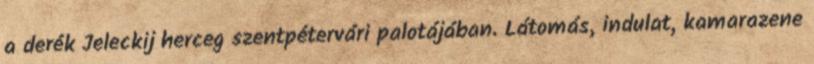
a derék Jeleckij herceg szentpétervári palotájában. Látomás, indulat, kamarazene